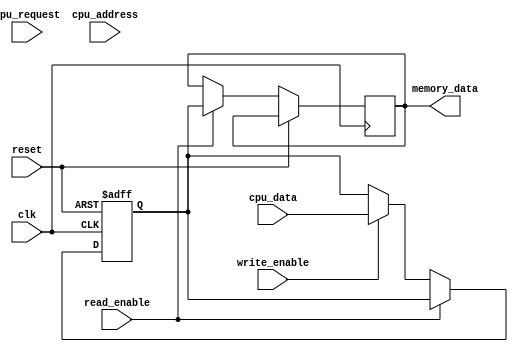
module memory_controller(
    input wire clk,
    input wire reset,
    input wire cpu_request,
    input wire read_enable,
    input wire write_enable,
    input wire [9:0] cpu_address,
    input wire [7:0] cpu_data,
    output reg [7:0] memory_data
);

// Address decoding block
reg [9:0] memory_address;
always @(posedge clk or posedge reset) begin
    if (reset) begin
        memory_address <= 10'b0;
    end else if (cpu_request) begin
        memory_address <= cpu_address;
    end
end

// Data buffering block
reg [7:0] memory_buffer;

// Control logic block
always @(posedge clk or posedge reset) begin
    if (reset) begin
        memory_buffer <= 8'b0;
    end else if (read_enable) begin
        memory_data <= memory_buffer;
    end else if (write_enable) begin
        memory_buffer <= cpu_data;
    end
end

endmodule